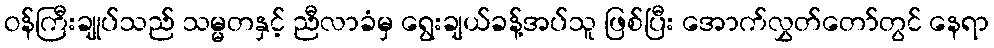
ဝန်ကြီးချုပ်သည် သမ္မတနှင့် ညီလာခံမှ ရွေးချယ်ခန့်အပ်သူ ဖြစ်ပြီး အောက်လွှတ်တော်တွင် နေရာ